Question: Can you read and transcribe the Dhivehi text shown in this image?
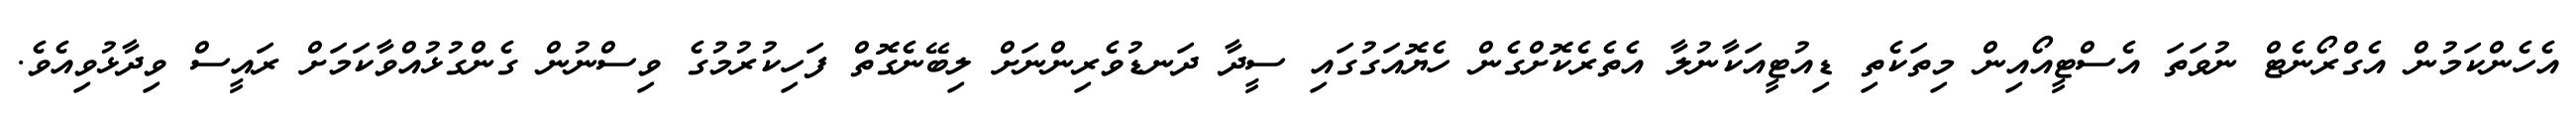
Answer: އެހެންކަމުން އެގްރޯނެޓް ނުވަތަ އެސްޓީއޯއިން މިތަކެތި ޑިއުޓީއަކާނުލާ އެތެރެކޮށްގެން ހެޔޮއަގުގައި ސީދާ ދަނޑުވެރިންނަށް ލިބޭނެގޮތް ފަހިކުރުމުގެ ވިސްނުން ގެންގުޅުއްވާކަމަށް ރައީސް ވިދާޅުވިއެވެ.